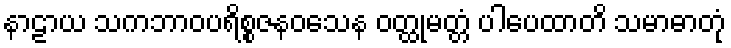
နာဠာယ သကဘာဝပရိစ္စဇနဝသေန ဝတ္ထုမတ္တံ ပါပေထာတိ သမာဓာတုံ